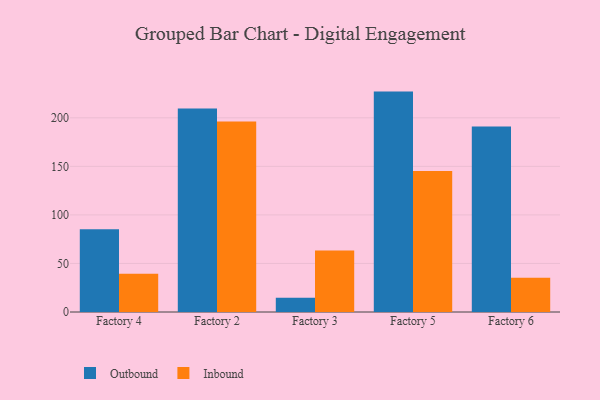
{"axis": {"x": "Factory", "y": "Market Share (%)"}, "legend": ["Inbound", "Outbound"], "data": [{"x": "Factory 4", "y": 85.3, "type": "Outbound"}, {"x": "Factory 4", "y": 39.3, "type": "Inbound"}, {"x": "Factory 2", "y": 209.6, "type": "Outbound"}, {"x": "Factory 2", "y": 196.3, "type": "Inbound"}, {"x": "Factory 3", "y": 14.7, "type": "Outbound"}, {"x": "Factory 3", "y": 63.4, "type": "Inbound"}, {"x": "Factory 5", "y": 227.0, "type": "Outbound"}, {"x": "Factory 5", "y": 145.1, "type": "Inbound"}, {"x": "Factory 6", "y": 191.0, "type": "Outbound"}, {"x": "Factory 6", "y": 35.4, "type": "Inbound"}]}